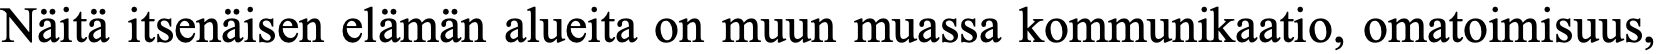
Näitä itsenäisen elämän alueita on muun muassa kommunikaatio, omatoimisuus,